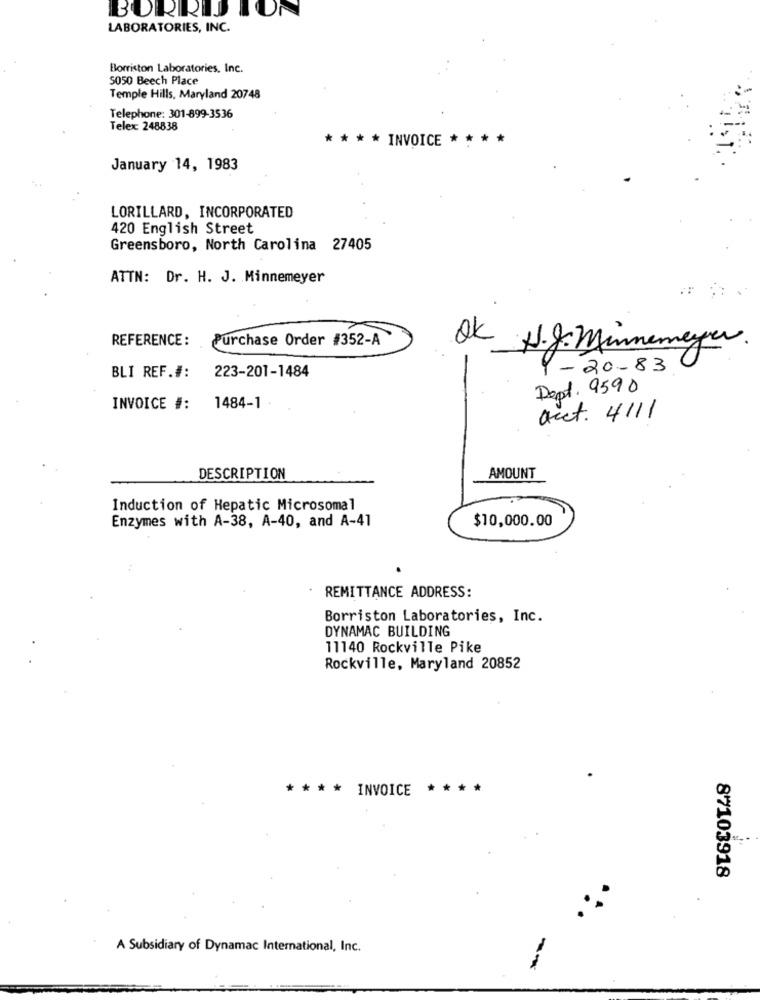
DN
LABORATORIES, INC.
Borriston Laboratories, Inc.
5050 Beech Place
Temple Hills, Maryland 20748
Telephone: 301-899-3536
Telex: 248838
* * * INVOICE ****
January 14, 1983
LORILLARD, INCORPORATED
420 English Street
Greensboro, North Carolina 27405
ATTN: Dr. H. J. Minnemeyer
REFERENCE:
Purchase Order #352-A
OK
H.J. Minnemeyer.
- 20-83
BLI REF.#:
223-201-1484
Dept. 9590
INVOICE #:
1484-1
act. 4111
DESCRIPTION
AMOUNT
Induction of Hepatic Microsomal
$10,000.00
Enzymes with A-38, A-40, and A-41
REMITTANCE ADDRESS:
Borriston Laboratories, Inc.
DYNAMAC BUILDING
11140 Rockville Pike
Rockville, Maryland 20852
* *** INVOICE
***
87103918
A Subsidiary of Dynamac International, Inc.